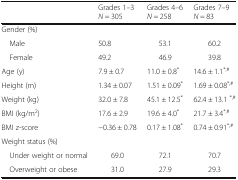
|  | Grades 1–3 N = 305 | Grades 4–6 N = 258 | Grades 7–9 N = 83 |
 | --- | --- | --- | --- |
 | <COLSPAN=4> Gender (%) |
 | Male | 50.8 | 53.1 | 60.2 |
 | Female | 49.2 | 46.9 | 39.8 |
 | Age (y) | 7.9 ± 0.7 | 11.0 ± 0.8* | 14.6 ± 1.1*,# |
 | Height (m) | 1.34 ± 0.07 | 1.51 ± 0.09* | 1.69 ± 0.08*,# |
 | Weight (kg) | 32.0 ± 7.8 | 45.1 ± 12.5* | 62.4 ± 13.1 *,# |
 | BMI (kg/m2) | 17.6 ± 2.9 | 19.6 ± 4.0* | 21.7 ± 3.4*,# |
 | BMI z-score | −0.36 ± 0.78 | 0.17 ± 1.08* | 0.74 ± 0.91*,# |
 | <COLSPAN=4> Weight status (%) |
 | Under weight or normal | 69.0 | 72.1 | 70.7 |
 | Overweight or obese | 31.0 | 27.9 | 29.3 |